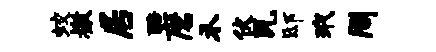
蛟檄居醅磨禾伏瓦邸玳周